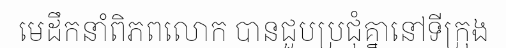
មេដឹកនាំពិភពលោក បានជួបប្រជុំគ្នានៅទីក្រុង